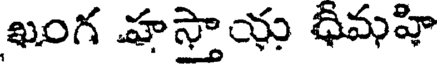
ఖంగ హస్తాయ ధీమహి